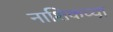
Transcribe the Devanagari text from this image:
नाशिकच्या़